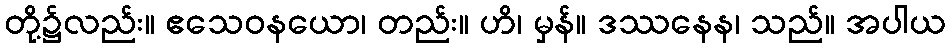
တို့၌လည်း။ ဧသေဝနယော၊ တည်း။ ဟိ၊ မှန်။ ဒဿနေန၊ သည်။ အပါယ